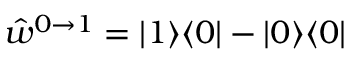
\hat { w } ^ { 0 \to 1 } = | 1 \rangle \langle 0 | - | 0 \rangle \langle 0 |